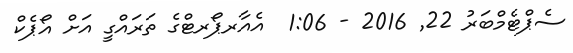
ސެޕްޓެމްބަރު 22